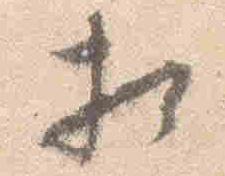
相